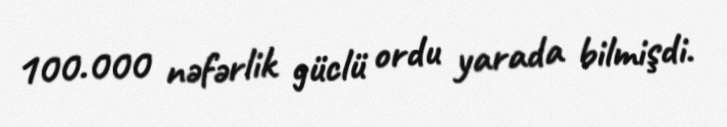
100.000 nəfərlik güclü ordu yarada bilmişdi.